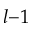
l { - } 1